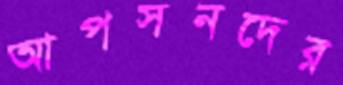
আপসনদের